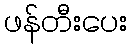
ဖန်တီးပေး